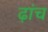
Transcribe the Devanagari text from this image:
ढ़ांच